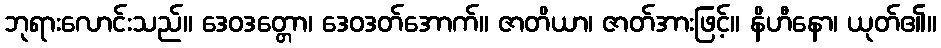
ဘုရားလောင်းသည်။ ဒေဝဒတ္တော၊ ဒေဝဒတ်အောက်။ ဇာတိယာ၊ ဇာတ်အားဖြင့်။ နိဟီနော၊ ယုတ်၏။